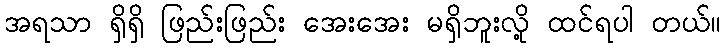
အရသာ ရှိရှိ ဖြည်းဖြည်း အေးအေး မရှိဘူးလို့ ထင်ရပါ တယ်။